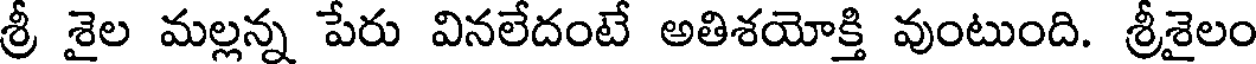
శ్రీ శైల మల్లన్న పేరు వినలేదంటే అతిశయోక్తి వుంటుంది. శ్రీశైలం